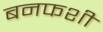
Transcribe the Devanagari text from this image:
बनफशी